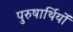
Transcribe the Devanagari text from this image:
पुरुषार्थियों